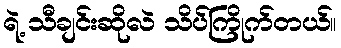
ရဲ့ သီချင်းဆိုလဲ သိပ်ကြိုက်တယ်။